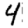
Digit: 4